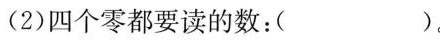
(2)四个零都要读的数：( )。